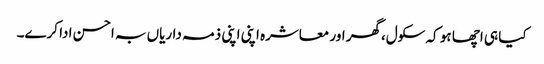
کیا ہی اچھا ہو کہ سکول،گھر اور معاشرہ اپنی اپنی ذمہ داریاں بہ احسن ادا کرے۔